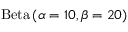
\mathrm { B e t a } \left( \alpha = 1 0 , \beta = 2 0 \right)